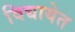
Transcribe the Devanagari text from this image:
विद्यायेत